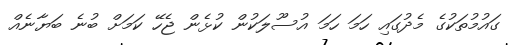
ގައުމުތަކުގެ މެދުގައި ހަމަ ހަމަ އުސޫލަކުން ކުޅެން ޖެހޭ ކަމަށް ބުނެ ބަޔާނެއް